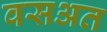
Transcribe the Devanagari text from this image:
वसअत